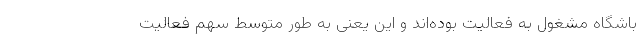
باشگاه مشغول به فعالیت بوده‌اند و این یعنی به طور متوسط سهم فعالیت